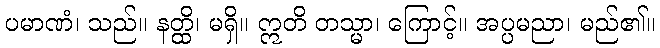
ပမာဏံ၊ သည်။ နတ္ထိ၊ မရှိ။ ဣတိ တသ္မာ၊ ကြောင့်။ အပ္ပမညာ၊ မည်၏။